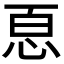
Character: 𢙯